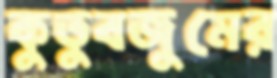
কুতুবজুমের